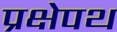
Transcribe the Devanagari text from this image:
प्रक्षेपथ